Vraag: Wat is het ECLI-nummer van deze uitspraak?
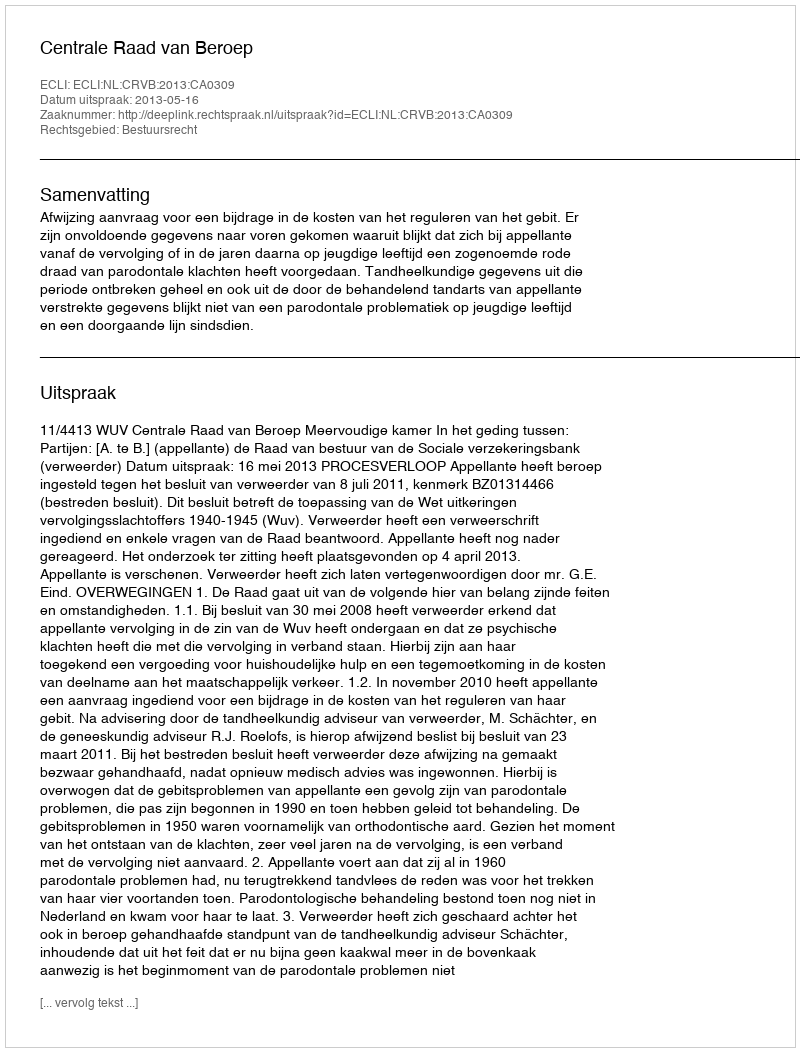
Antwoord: ECLI:NL:CRVB:2013:CA0309